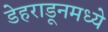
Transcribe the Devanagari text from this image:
डेहराडूनमध्ये